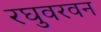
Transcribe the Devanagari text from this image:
रघुवरवन